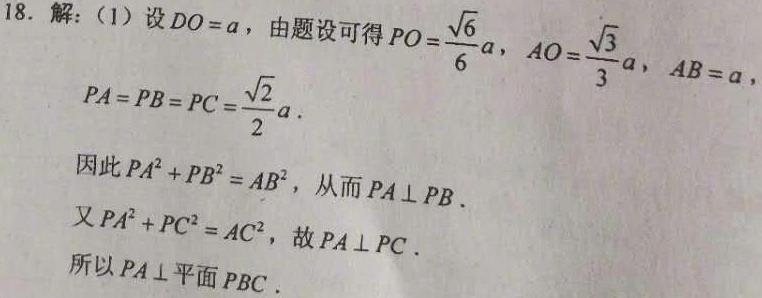
18. 解：（1）设$DO = a$，由题设可得$PO=\frac{\sqrt{6}}{6}a$，$AO = \frac{\sqrt{3}}{3}a$，$AB = a$，
$PA = PB = PC=\frac{\sqrt{2}}{2}a$.
因此$PA^{2}+PB^{2}=AB^{2}$，从而$PA\perp PB$.
又$PA^{2}+PC^{2}=AC^{2}$，故$PA\perp PC$.
所以$PA\perp$平面$PBC$.